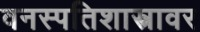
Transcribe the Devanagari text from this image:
वनस्पतिशास्त्रावर